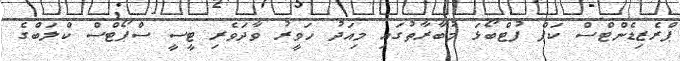
ޕްރެޒިޑެންޓްސް ކަޕް ފުޓްބޯޅަ މުބާރާތުގައި މިއަދު ހަވީރު ވާދަވެރި ޓީސީ ސްޕޯޓްސް ކްލަބްގެ